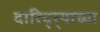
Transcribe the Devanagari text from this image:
दारिद्‌र्‍याच्या